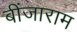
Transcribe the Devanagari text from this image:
बींजाराम